Development of the parasite of Indian kala azar - Number 53
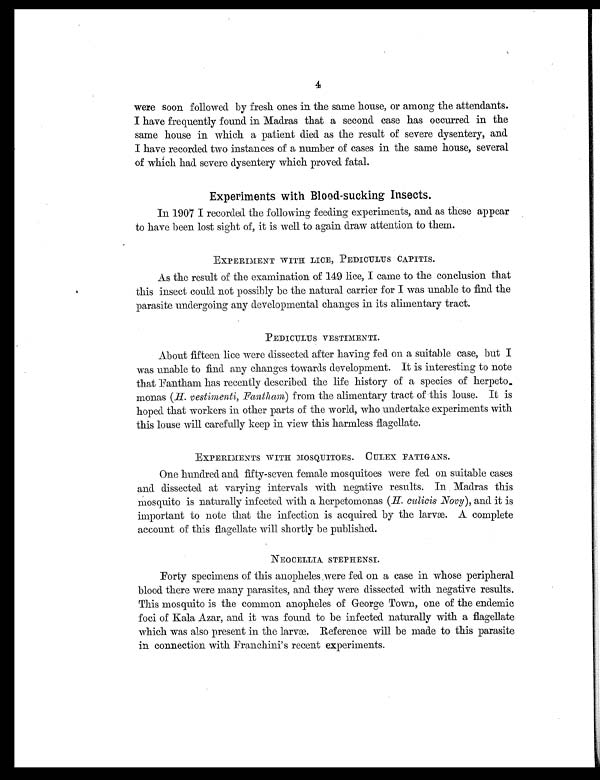
4
were soon followed by fresh ones in the same house, or among the attendants.
I have frequently found in Madras that a second case has occurred in the
same house in which a patient died as the result of severe dysentery, and.
I have recorded two instances of a number of cases in the same house, several
of which had severe dysentery which proved fatal.
Experiments with Blood - sucking Insects.
In 1907 I recorded the following feeding experiments, and as these appear
to have been lost sight of, it is well to again draw attention to them.
EXPERIMENT WITH LICE, PEDICULUS CAPITIS.
As the result of the examination of 149 lice, I came to the conclusion that
this insect could not possibly be the natural carrier for I was unable to find the
parasite undergoing any developmental changes in its alimentary tract.
PEDICULUS VESTIMENTI.
About fifteen lice were dissected after having fed on a suitable case, but I
was unable to find any changes towards development. It is interesting to note
that Fantham has recently described the life history of a species of herpeto
-monas ( H. vestimenti, Fantham) from the alimentary tract of this louse. It is
hoped that workers in other parts of the world, who undertake experiments with
this louse will carefully keep in view this harmless flagellate.
EXPERIMENTS WITH MOSQUITOES. CULEX FATIGANS.
One hundred and fifty-seven female mosquitoes were fed on suitable cases
and dissected at varying intervals with negative results. In Madras this
mosquito is naturally infected with a herpetomonas (H. culicis Novy), and it is
important to note that the infection is acquired by the larvæ. A complete
account of this flagellate will shortly be published.
NEOCELLIA STEPHENSI.
Forty specimens of this anopheles were fed on a case in whose peripheral
blood there were many parasites, and they were dissected with negative results.
This mosquito is the common anopheles of George Town, one of the endemic
foci of Kala Azar, and it was found to be infected naturally with a flagellate
which was also present in the larvæ. Reference will be made to this parasite
in connection with Franchini's recent experiments.